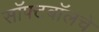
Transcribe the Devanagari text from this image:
सॉफ्टबॉलचे